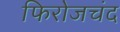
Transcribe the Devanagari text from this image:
फिरोजचंद